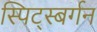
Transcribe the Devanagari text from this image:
स्पिट्स्बर्गन